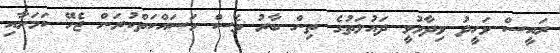
ރައީސް ވަހީދު ވިދާޅުވީ ދައުލަތުގެ ތިން ބާރު ވެސް މަސައްކަތްކުރަން ޖެހޭ ކަމަށާއި